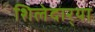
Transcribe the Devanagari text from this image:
शिलेदार्‍या